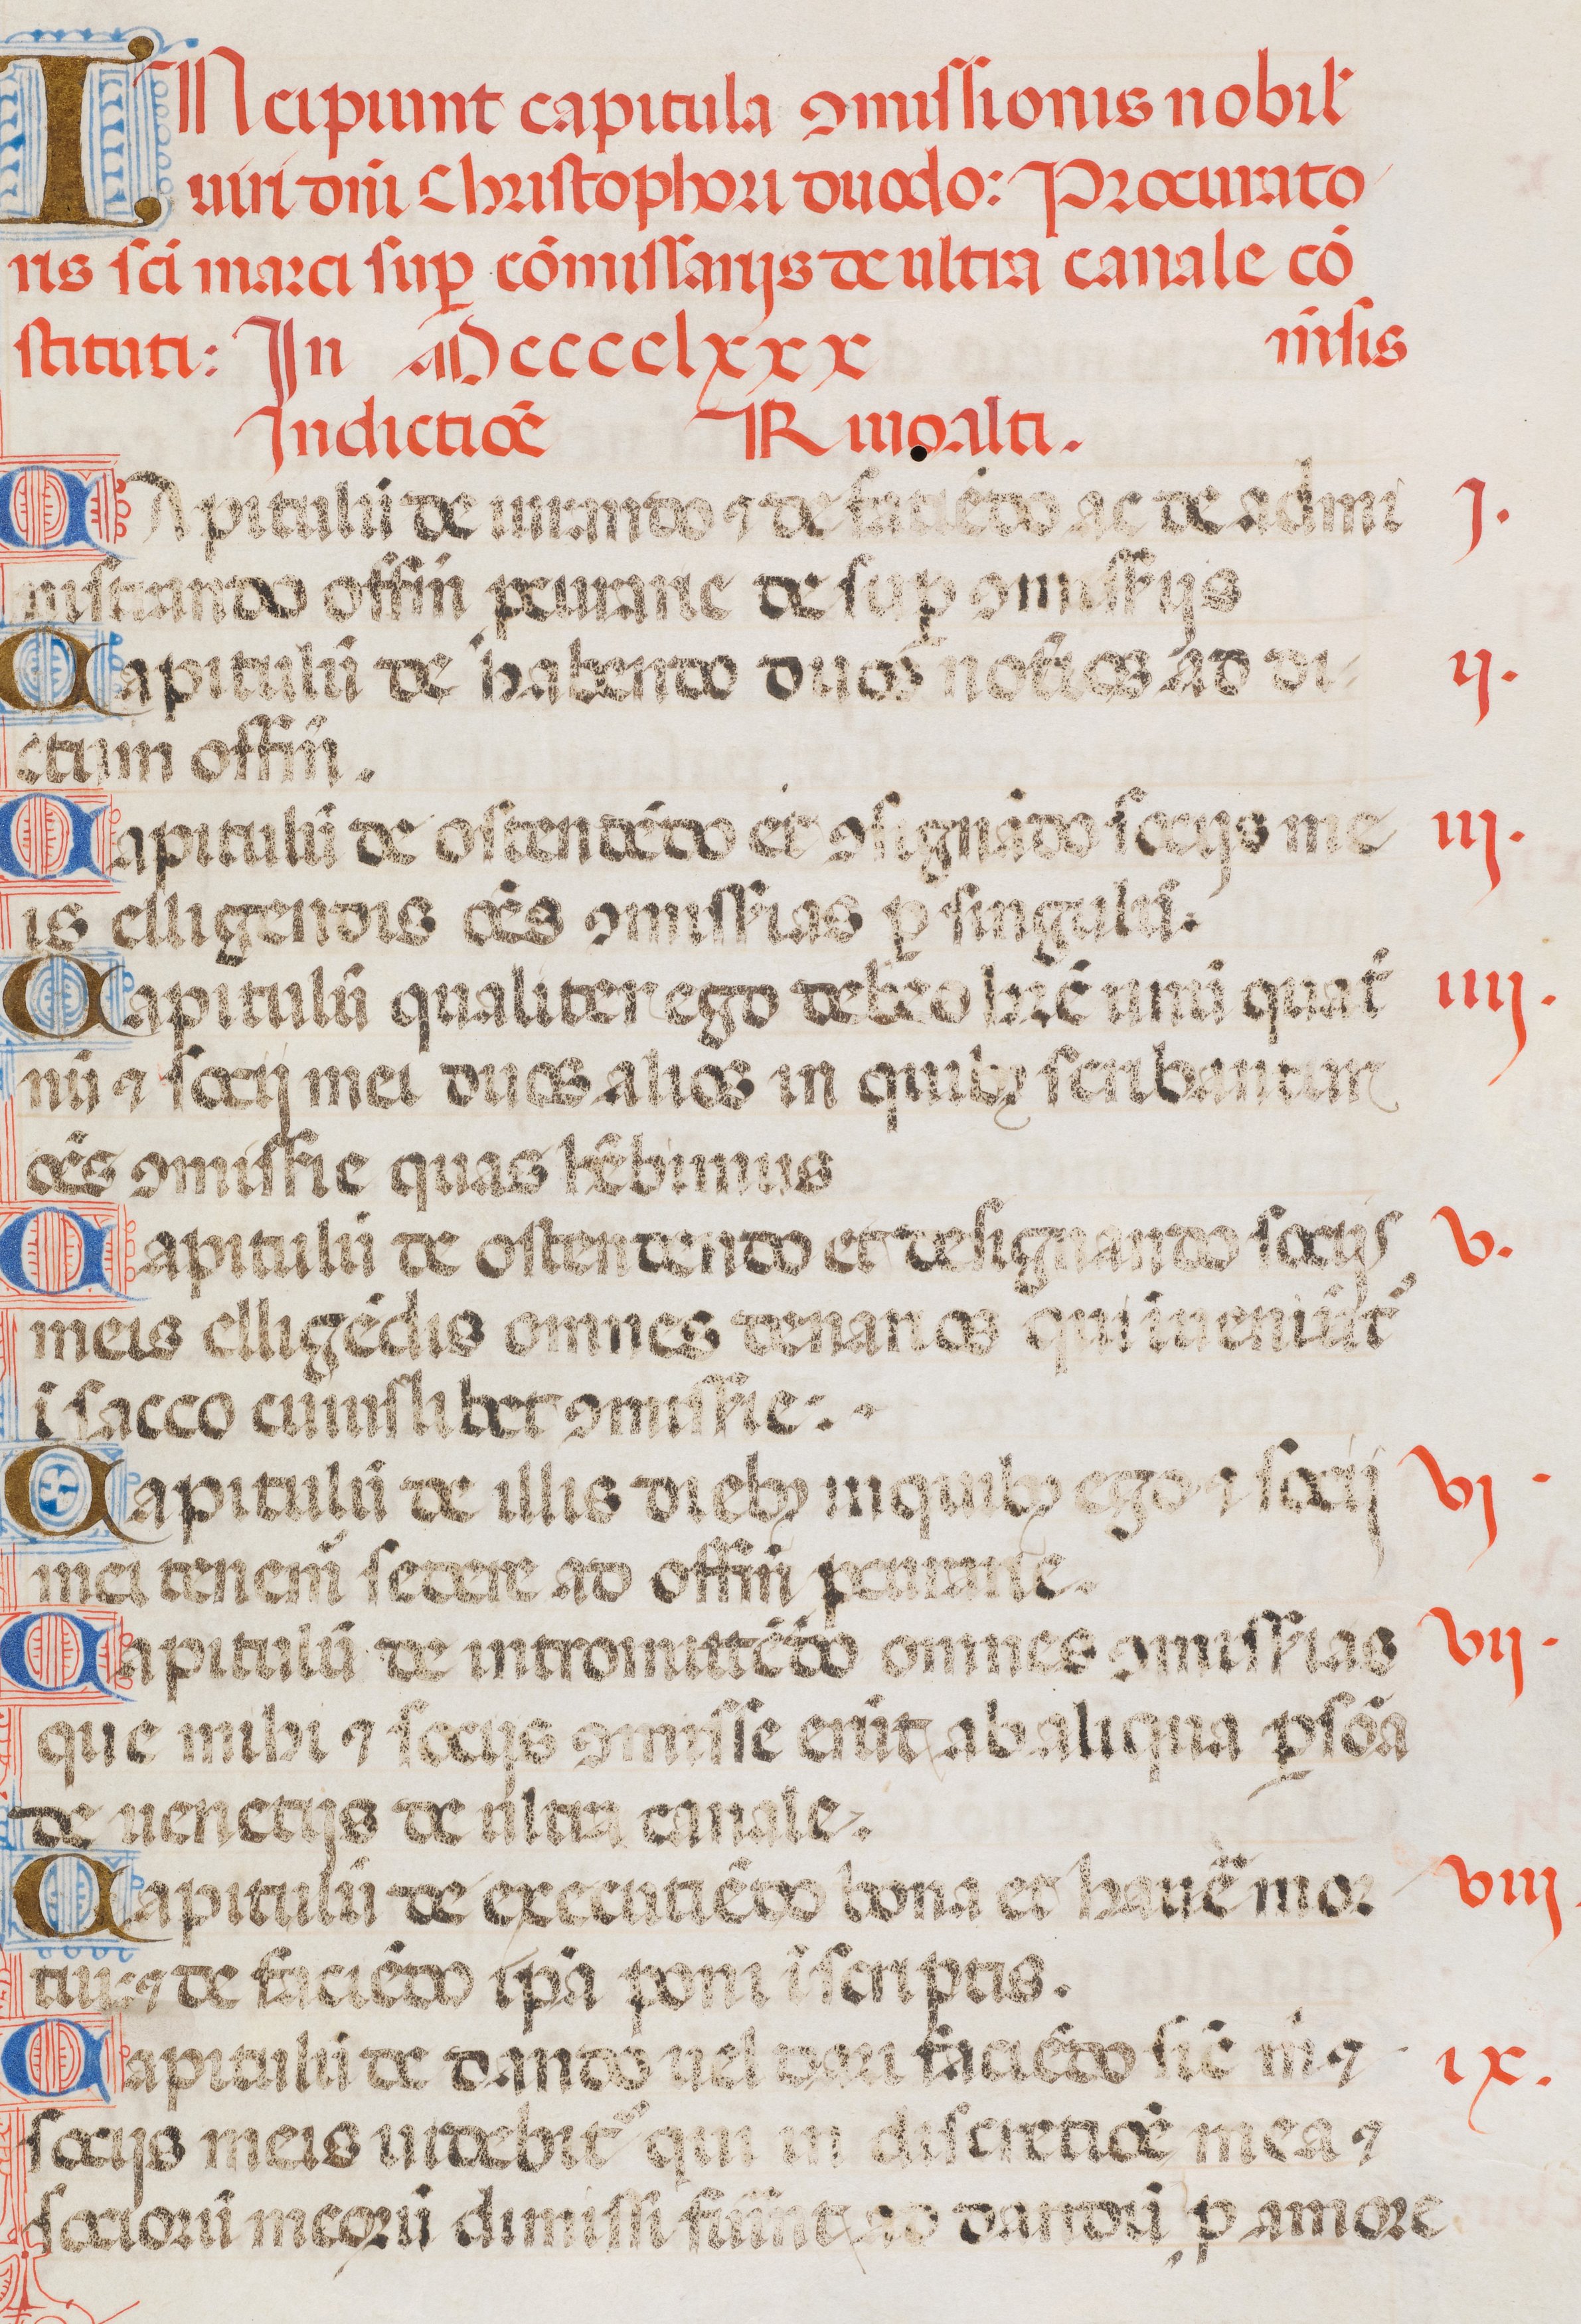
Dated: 1476–1506